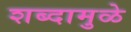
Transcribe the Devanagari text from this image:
शब्दामुळे